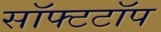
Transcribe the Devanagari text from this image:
सॉफ्टटॉप